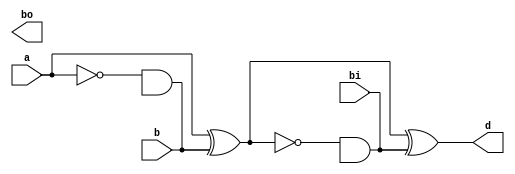
`timescale 1ns / 1ps
//////////////////////////////////////////////////////////////////////////////////
// Company: 
// Engineer: 
// 
// Design Name: 
// Module Name: full_sub_str
// Project Name: 
// Target Devices: 
// Tool Versions: 
// Description: 
// 
// Dependencies: 
// 
// Revision:
// Revision 0.01 - File Created
// Additional Comments:
// 
//////////////////////////////////////////////////////////////////////////////////


module full_sub_str(output d,bo, input a,b,bi);
wire abar,vlbar,v3,v2,v1;
xor g1(v1,a,b);
xor g2(d,v1,bi);
not g3(vlbar,v1);
not g4(abar,a);
and g5(b,abar,v2);
and g6(bi,vlbar,v3);
or g7(b0,v2,v3);
endmodule